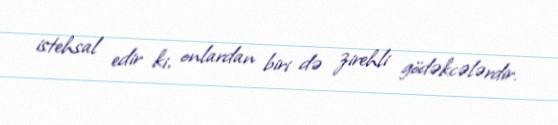
istehsal edir ki, onlardan biri də zirehli gödəkcələrdir.